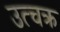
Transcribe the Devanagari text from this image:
उत्चक्र